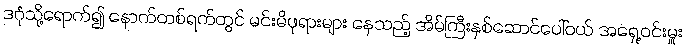
ဒဂုံသို့ရောက်၍ နောက်တစ်ရက်တွင် မင်းမိဖုရားများ နေသည့် အိမ်ကြီးနှစ်ဆောင်ပေါ်ဝယ် အရှေ့ဝင်းမှူး